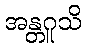
အန္တဂူသိ